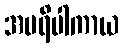
အပရိပါကာယ